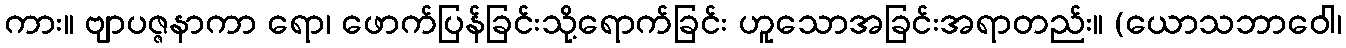
ကား။ ဗျာပဇ္ဇနာကာ ရော၊ ဖောက်ပြန်ခြင်းသို့ရောက်ခြင်း ဟူသောအခြင်းအရာတည်း။ (ယောသဘာဝေါ၊